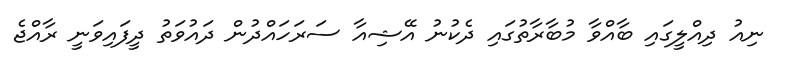
ނިއު ދިއްލީގައި ބާއްވާ މުބާރާތުގައި ދެކުނު އޭޝިއާ ސަރަހައްދުން ދައުވަތު ދީފައިވަނީ ރާއްޖެ